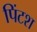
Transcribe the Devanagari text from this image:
पिंटश